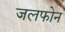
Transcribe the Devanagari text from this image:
जलफोन